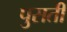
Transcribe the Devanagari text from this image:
पुसती